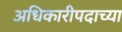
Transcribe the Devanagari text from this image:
अधिकारीपदाच्या